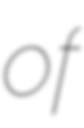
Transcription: of